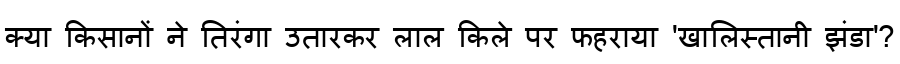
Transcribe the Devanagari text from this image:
क्या किसानों ने तिरंगा उतारकर लाल किले पर फहराया 'खालिस्तानी झंडा'?